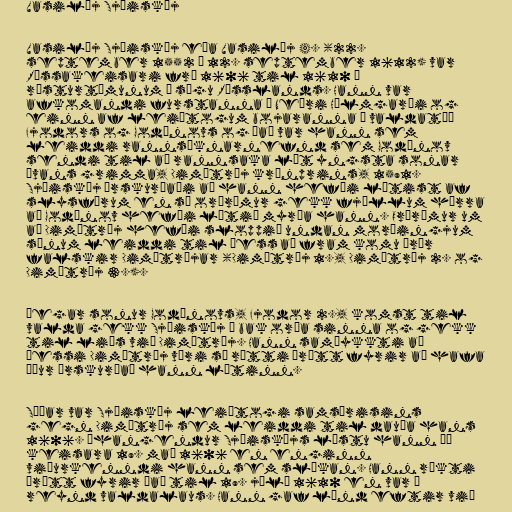
Vasilíj Sjúiskíj

Vasilíj Sjúiskíj eða Vasilíj 4. (22.
september 1552 – 12. september 1612) var
Rússakeisari frá 1606 til 1610 á
rósturtímunum í sögu Rússlands. Hann var
afkomandi furstanna í Neðri Hólmgarði og
einn af leiðtogum bojaranna í valdatíð
Fjodors og Godúnovs og það var hann sem
leiddi rannsóknarnefnd sem Godúnov
sendi til að rannsaka lát yngsta sonar
Ívans grimma, Dimítríj krónprins, 1591.
Sjúiskíj úrskurðaði að hann hefði látist af
slysförum en sá orðrómur gekk fjöllum hærra
að Godúnov hefði látið myrða hann. Orðrómur um
að Dimítríj hefði sloppið undan morðingjum
sínum leiddi til þess að fram komu þrír
falskir Dimítríjar (Dimítríj 1., Dimítríj 2. og
Dimítríj 3.).

Þegar sonur Godúnovs, Fjodor 2., komst til
valda gekk Sjúiskíj á bak orða sinna og gekk
til liðs við Dimítríj. Hann samþykkti að
þessi Dimítríj væri sá rétti þrátt fyrir að hafa
áður úrskurðað hann látinn.

Síðar var Sjúiskíj leiðtogi samsærisins
gegn Dimítríj sem leiddi til dauða hans
1606. Áhangendur Sjúiskíjs lýstu hann þá
keisara 19. maí 1606 en enginn
viðurkenndi hann sem slíkan. Hann ríkti
þrátt fyrir það til 19. júlí 1610 en var í
reynd valdalaus. Hann gaf lönd eftir við